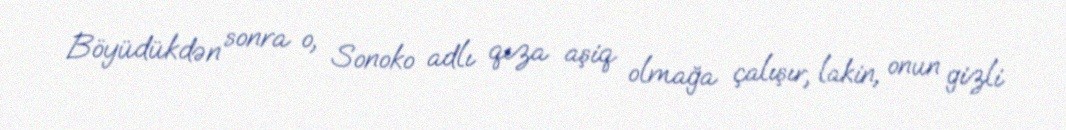
Böyüdükdən sonra o, Sonoko adlı qıza aşiq olmağa çalışır, lakin, onun gizli